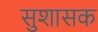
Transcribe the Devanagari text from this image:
सुशासक